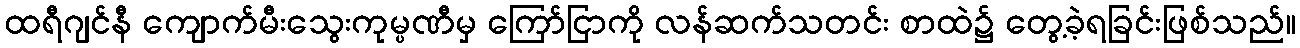
ထရီဂျင်နီ ကျောက်မီးသွေးကုမ္ပဏီမှ ကြော်ငြာကို လန်ဆက်သတင်း စာထဲ၌ တွေ့ခဲ့ရခြင်းဖြစ်သည်။